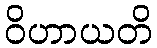
ဝိဟာယတိ